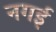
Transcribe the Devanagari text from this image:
नगई